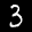
Label: 3